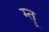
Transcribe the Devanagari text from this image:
म्तु